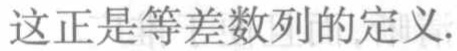
这正是等差数列的定义.